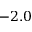
- 2 . 0